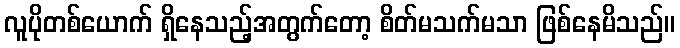
လူပိုတစ်ယောက် ရှိနေသည့်အတွက်တော့ စိတ်မသက်မသာ ဖြစ်နေမိသည်။